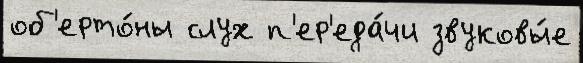
об'ерто́ны слух п'ер'еда́чи звуковы́е